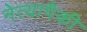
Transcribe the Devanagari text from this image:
नेत्यापैकी